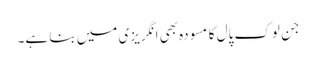
جن لوک پال کا مسودہ بھی انگریزی میں بنا ہے۔